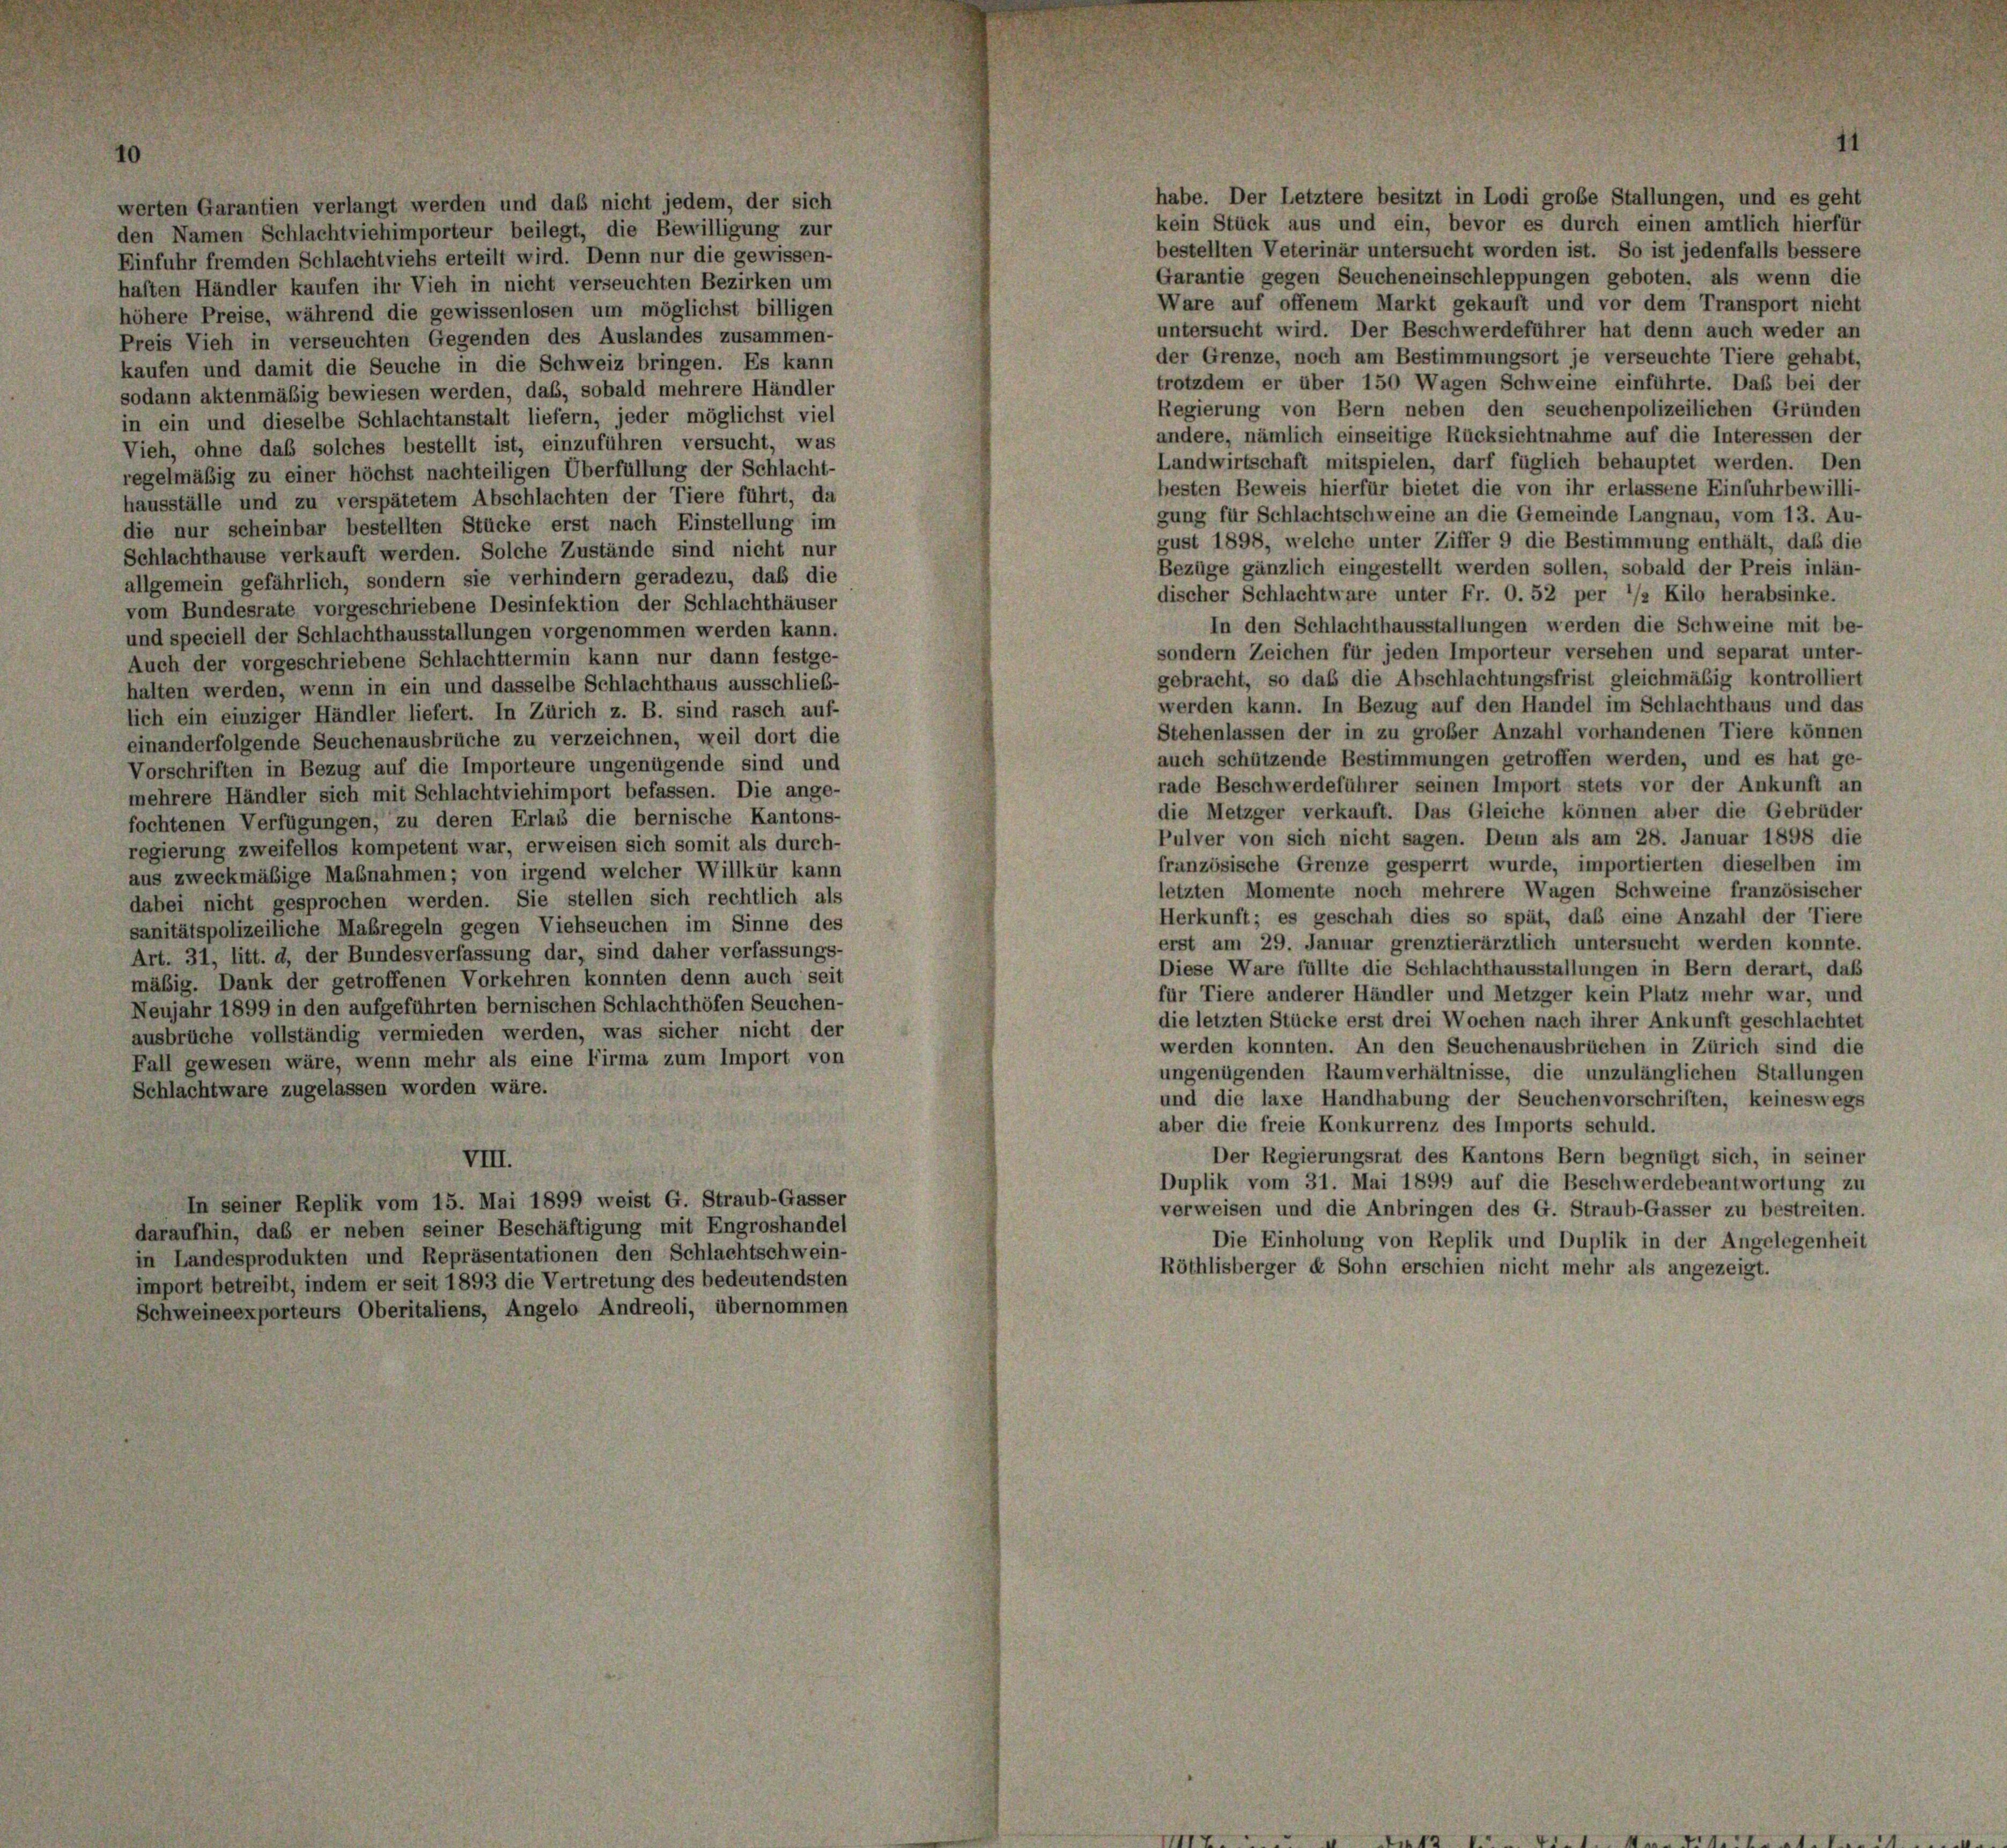
werten Garantien verlangt werden und daß nicht jedem, der sich
den Namen Schlachtviehimporteur beilegt, die Bewilligung zur
Einfuhr fremden Schlachtviehs erteilt wird. Denn nur die gewissen-
haften Händler kaufen ihr Vieh in nicht verseuchten Bezirken um
höhere Preise, während die gewissenlosen um möglichst billigen
Preis Vieh in verseuchten Gegenden des Auslandes zusammen-
kaufen und damit die Seuche in die Schweiz bringen. Es kann
sodann aktenmäßig bewiesen werden, daß, sobald mehrere Händler
in ein und dieselbe Schlachtanstalt liefern, jeder möglichst viel
Vieh, ohne daß solches bestellt ist, einzuführen versucht, was
regelmäßig zu einer höchst nachteiligen Überfüllung der Schlacht-
hausställe und zu verspätetem Abschlachten der Tiere führt, da
die nur scheinbar bestellten Stücke erst nach Einstellung im
Schlachthause verkauft werden. Solche Zustände sind nicht nur
allgemein gefährlich, sondern sie verhindern geradezu, daß die
vom Bundesrate vorgeschriebene Desinfektion der Schlachthäuser
und speciell der Schlachthausstallungen vorgenommen werden kann.
Auch der vorgeschriebene Schlachttermin kann nur dann festge-
halten werden, wenn in ein und dasselbe Schlachthaus ausschließ-
lich ein einziger Händler liefert. In Zürich z. B. sind rasch auf-
einanderfolgende Seuchenausbrüche zu verzeichnen, weil dort die
Vorschriften in Bezug auf die Importeure ungenügende sind und
mehrere Händler sich mit Schlachtviehimport befassen. Die ange-
fochtenen Verfügungen, zu deren Erlas die bernische Kantons-
regierung zweifellos kompetent war, erweisen sich somit als durch-
aus zweckmäßige Maßnahmen; von irgend welcher Willkür kann
dabei nicht gesprochen werden. Sie stellen sich rechtlich als
sanitätspolizeiliche Maßregeln gegen Viehseuchen im Sinne des
Art. 31, litt. d, der Bundesverfassung dar, sind daher verfassungs-
mäßig. Dank der getroffenen Vorkehren konnten denn auch seit
Neujahr 1899 in den aufgeführten bernischen Schlachthöfen Seuchen-
ausbrüche vollständig vermieden werden, was sicher nicht der
Fall gewesen wäre, wenn mehr als eine Firma zum Import von
Schlachtware zugelassen worden wäre.
VIII.
In seiner Replik vom 15. Mai 1899 weist G. Straub-Gasser
daraufhin, daß er neben seiner Beschäftigung mit Engroshandel
in Landesprodukten und Repräsentationen den Schlachtschwein-
import betreibt, indem er seit 1893 die Vertretung des bedeutendsten
Schweineexporteurs Oberitaliens, Angelo Andreoli, übernommen

habe. Der Letztere besitzt in Lodi große Stallungen, und es geht
kein Stück aus und ein, bevor es durch einen amtlich hierfür
bestellten Veterinär untersucht worden ist. So ist jedenfalls bessere
Garantie gegen Seucheneinschleppungen geboten, als wenn die
Ware auf offenem Markt gekauft und vor dem Transport nicht
untersucht wird. Der Beschwerdeführer hat denn auch weder an
der Grenze, noch am Bestimmungsort je verseuchte Tiere gehabt,
trotzdem er über 150 Wagen Schweine einführte. Daß bei der
Regierung von Bern neben den seuchenpolizeilichen Gründen
andere, nämlich einseitige Rücksichtnahme auf die Interessen der
Landwirtschaft mitspielen, darf füglich behauptet werden. Den
besten Beweis hierfür bietet die von ihr erlassene Einfuhrbewilli-
gung für Schlachtschweine an die Gemeinde Langnau, vom 13. Au-
gust 1898, welche unter Ziffer 9 die Bestimmung enthält, daß die
Bezüge gänzlich eingestellt werden sollen, sobald der Preis inlän-
discher Schlachtware unter Fr. O. 52 per */2 Kilo herabsinke.
In den Schlachthausstallungen werden die Schweine mit be-
sondern Zeichen für jeden Importeur versehen und separat unter-
gebracht, so das die Abschlachtungsfrist gleichmäßig kontrolliert
werden kann. In Bezug auf den Handel im Schlachthaus und das
Stehenlassen der in zu großer Anzahl vorhandenen Tiere können
auch schützende Bestimmungen getroffen werden, und es hat ge-
rade Beschwerdeführer seinen Import stets vor der Ankunft an
die Metzger verkauft. Das Gleiche können aber die Gebrüder
Pulver von sich nicht sagen. Denn als am 28. Januar 1898 die
französische Grenze gesperrt wurde, importierten dieselben im
letzten Momente noch mehrere Wagen Schweine französischer
Herkunft; es geschah dies so spät, daß eine Anzahl der Tiere
erst am 29. Januar grenztierärztlich untersucht werden konnte.
Diese Ware füllte die Schlachthausstallungen in Bern derart, daß
für Tiere anderer Händler und Metzger kein Platz mehr war, und
die letzten Stücke erst drei Wochen nach ihrer Ankunft geschlachtet
werden konnten. An den Seuchenausbrüchen in Zürich sind die
ungenügenden Raum verhältnisse, die unzulänglichen Stallungen
und die laxe Handhabung der Seuchenvorschriften, keineswegs
aber die freie Konkurrenz des Imports schuld.
Der Regierungsrat des Kantons Bern begnügt sich, in seiner
Duplik vom 31. Mai 1899 auf die Beschwerdebeantwortung zu
verweisen und die Anbringen des G. Straub-Gasser zu bestreiten.
Die Einholung von Replik und Duplik in der Angelegenheit
Röthlisberger et Sohn erschien nicht mehr als angezeigt.